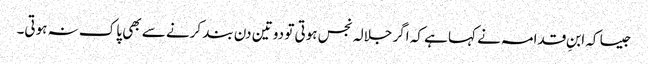
جیسا کہ ابنِ قدامہ نے کہا ہے کہ اگر جلالہ نجس ہوتی تو دو تین دن بند کرنے سے بھی پاک نہ ہوتی۔